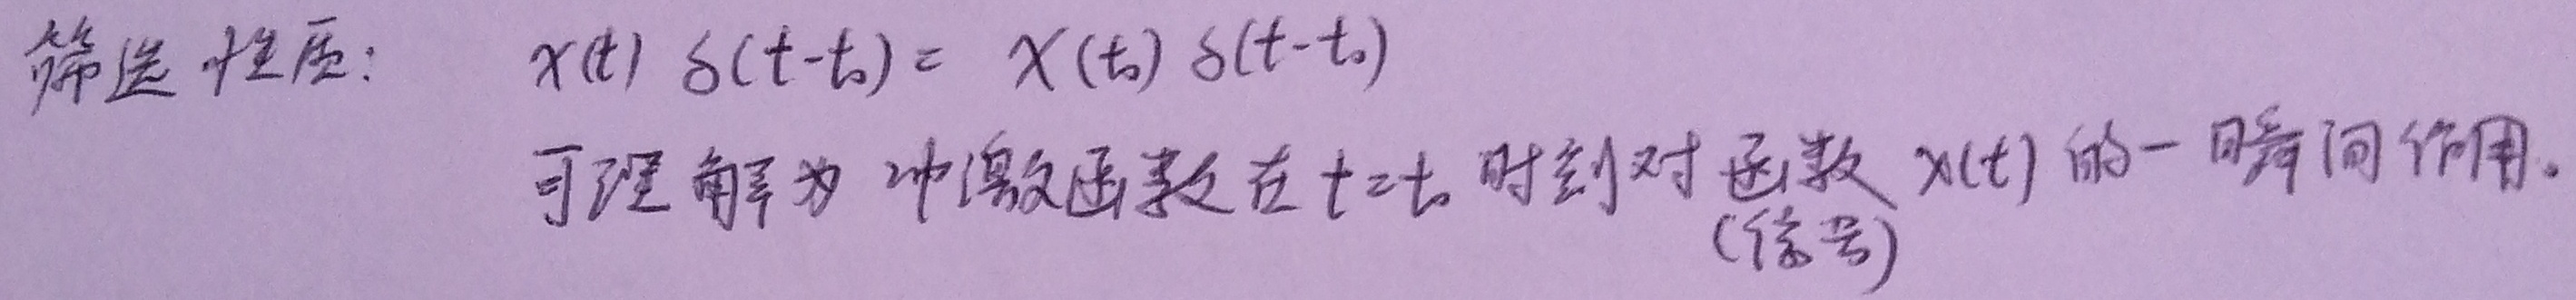
筛选性质：\(x(t)\delta(t - t_{0}) = x(t_{0})\delta(t - t_{0})\)可理解为冲激函数在\(t = t_{0}\)时刻对函数 \(x(t)\) 的一瞬间作用。(信号)